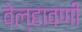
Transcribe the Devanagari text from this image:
वेल्हावणी